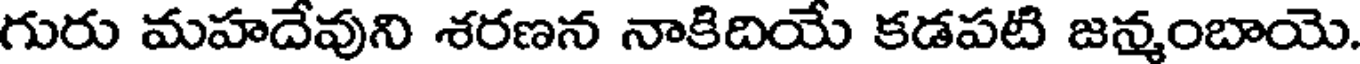
గురు మహదేవుని శరణన నాకిదియే కడపటి జన్మంబాయె